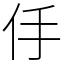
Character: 㐿